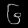
Digit: ၆